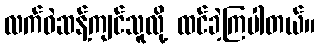
လက်ဝဲဆန့်ကျင်သူလို့ ထင်ခဲ့ကြပါတယ်။